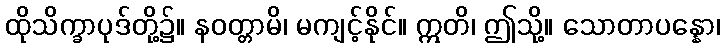
ထိုသိက္ခာပုဒ်တို့၌။ နဝတ္တာမိ၊ မကျင့်နိုင်။ ဣတိ၊ ဤသို့။ သောတာပန္နော၊